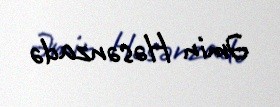
Əmin Həsənzadə